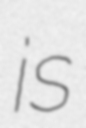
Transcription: is